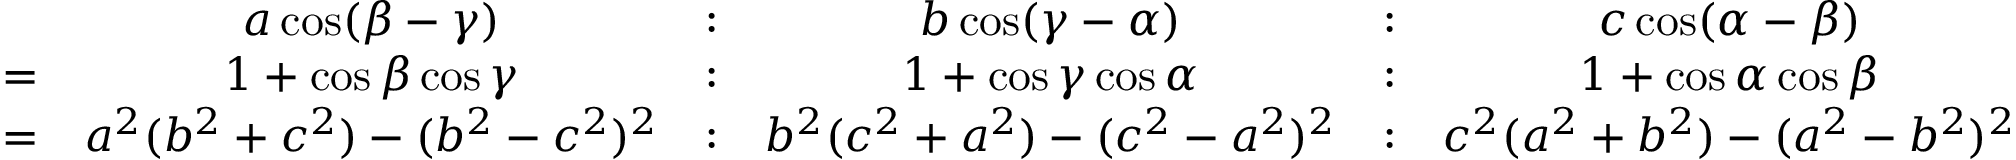
{ \begin{array} { r c c c c c } & { a \cos ( \beta - \gamma ) } & { : } & { b \cos ( \gamma - \alpha ) } & { : } & { c \cos ( \alpha - \beta ) } \\ { = } & { 1 + \cos \beta \cos \gamma } & { : } & { 1 + \cos \gamma \cos \alpha } & { : } & { 1 + \cos \alpha \cos \beta } \\ { = } & { a ^ { 2 } ( b ^ { 2 } + c ^ { 2 } ) - ( b ^ { 2 } - c ^ { 2 } ) ^ { 2 } } & { : } & { b ^ { 2 } ( c ^ { 2 } + a ^ { 2 } ) - ( c ^ { 2 } - a ^ { 2 } ) ^ { 2 } } & { : } & { c ^ { 2 } ( a ^ { 2 } + b ^ { 2 } ) - ( a ^ { 2 } - b ^ { 2 } ) ^ { 2 } } \end{array} }